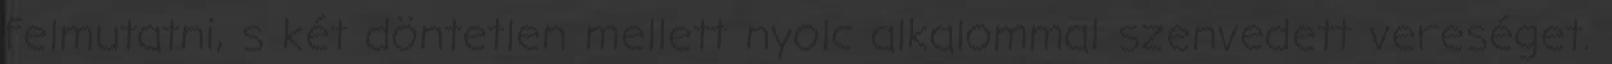
felmutatni, s két döntetlen mellett nyolc alkalommal szenvedett vereséget.